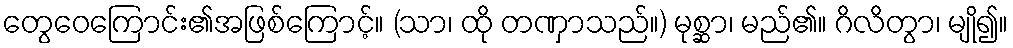
တွေဝေကြောင်း၏အဖြစ်ကြောင့်။ (သာ၊ ထို တဏှာသည်။) မုစ္ဆာ၊ မည်၏။ ဂိလိတွာ၊ မျို၍။